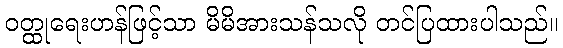
ဝတ္ထုရေးဟန်ဖြင့်သာ မိမိအားသန်သလို တင်ပြထားပါသည်။